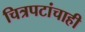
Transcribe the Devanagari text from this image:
चित्रपटांचाही